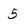
Character: 5